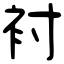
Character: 衬